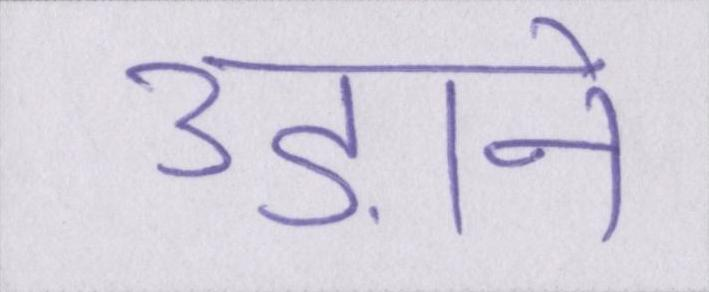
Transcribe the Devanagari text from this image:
उड़ाने